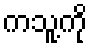
ကသူ့ကို